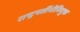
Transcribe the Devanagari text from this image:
राष्ट्रपतींनीनियुक्त